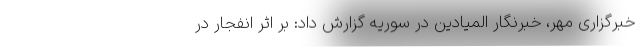
خبرگزاری مهر، خبرنگار المیادین در سوریه گزارش داد: بر اثر انفجار در